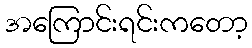
အကြောင်းရင်းကတော့